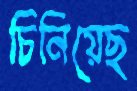
চিনিয়েছ